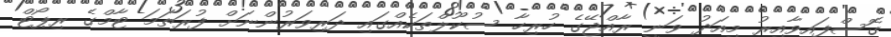
ގޮސްފައިވާއިރު މިއަދު ވަނީ ރާއްޖޭގެ ހުރިހާ ސުކޫލްތަކެއްގައި ދަރިވަރުންނަށް ފުރަތަމަ ޓާމްގެ ރިޕޯޓް